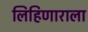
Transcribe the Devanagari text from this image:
लिहिणाराला